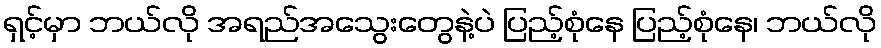
ရှင့်မှာ ဘယ်လို အရည်အသွေးတွေနဲ့ပဲ ပြည့်စုံနေ ပြည့်စုံနေ၊ ဘယ်လို